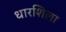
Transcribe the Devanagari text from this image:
धारशिला